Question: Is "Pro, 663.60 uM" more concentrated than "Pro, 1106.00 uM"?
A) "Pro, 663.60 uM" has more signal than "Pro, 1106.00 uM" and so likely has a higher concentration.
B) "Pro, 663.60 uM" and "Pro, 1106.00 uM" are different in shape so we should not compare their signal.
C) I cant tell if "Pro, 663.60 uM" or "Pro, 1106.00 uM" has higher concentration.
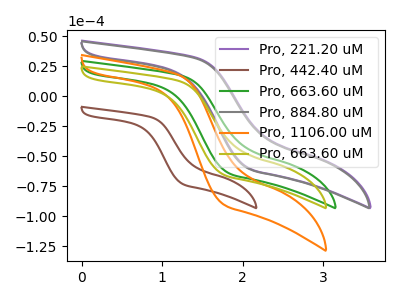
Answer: <think>The purple curve "Pro, 221.20 uM" has no peaks. The brown curve "Pro, 442.40 uM" has no peaks. The green curve "Pro, 663.60 uM" has no peaks. The gray curve "Pro, 884.80 uM" has no peaks. The orange curve "Pro, 1106.00 uM" has no peaks. The olive curve "Pro, 663.60 uM" has no peaks.
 Neither "Pro, 663.60 uM" or "Pro, 1106.00 uM" have any peaks.</think>
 <answer>C) I cant tell if "Pro, 663.60 uM" or "Pro, 1106.00 uM" has higher concentration.</answer>
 <eval>C</eval>